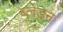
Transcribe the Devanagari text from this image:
ब्लेडन